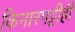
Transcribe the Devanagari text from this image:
किनारपट्टीही